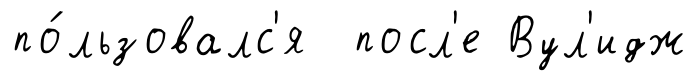
по́льзовалс'я посл'е Вул'идж